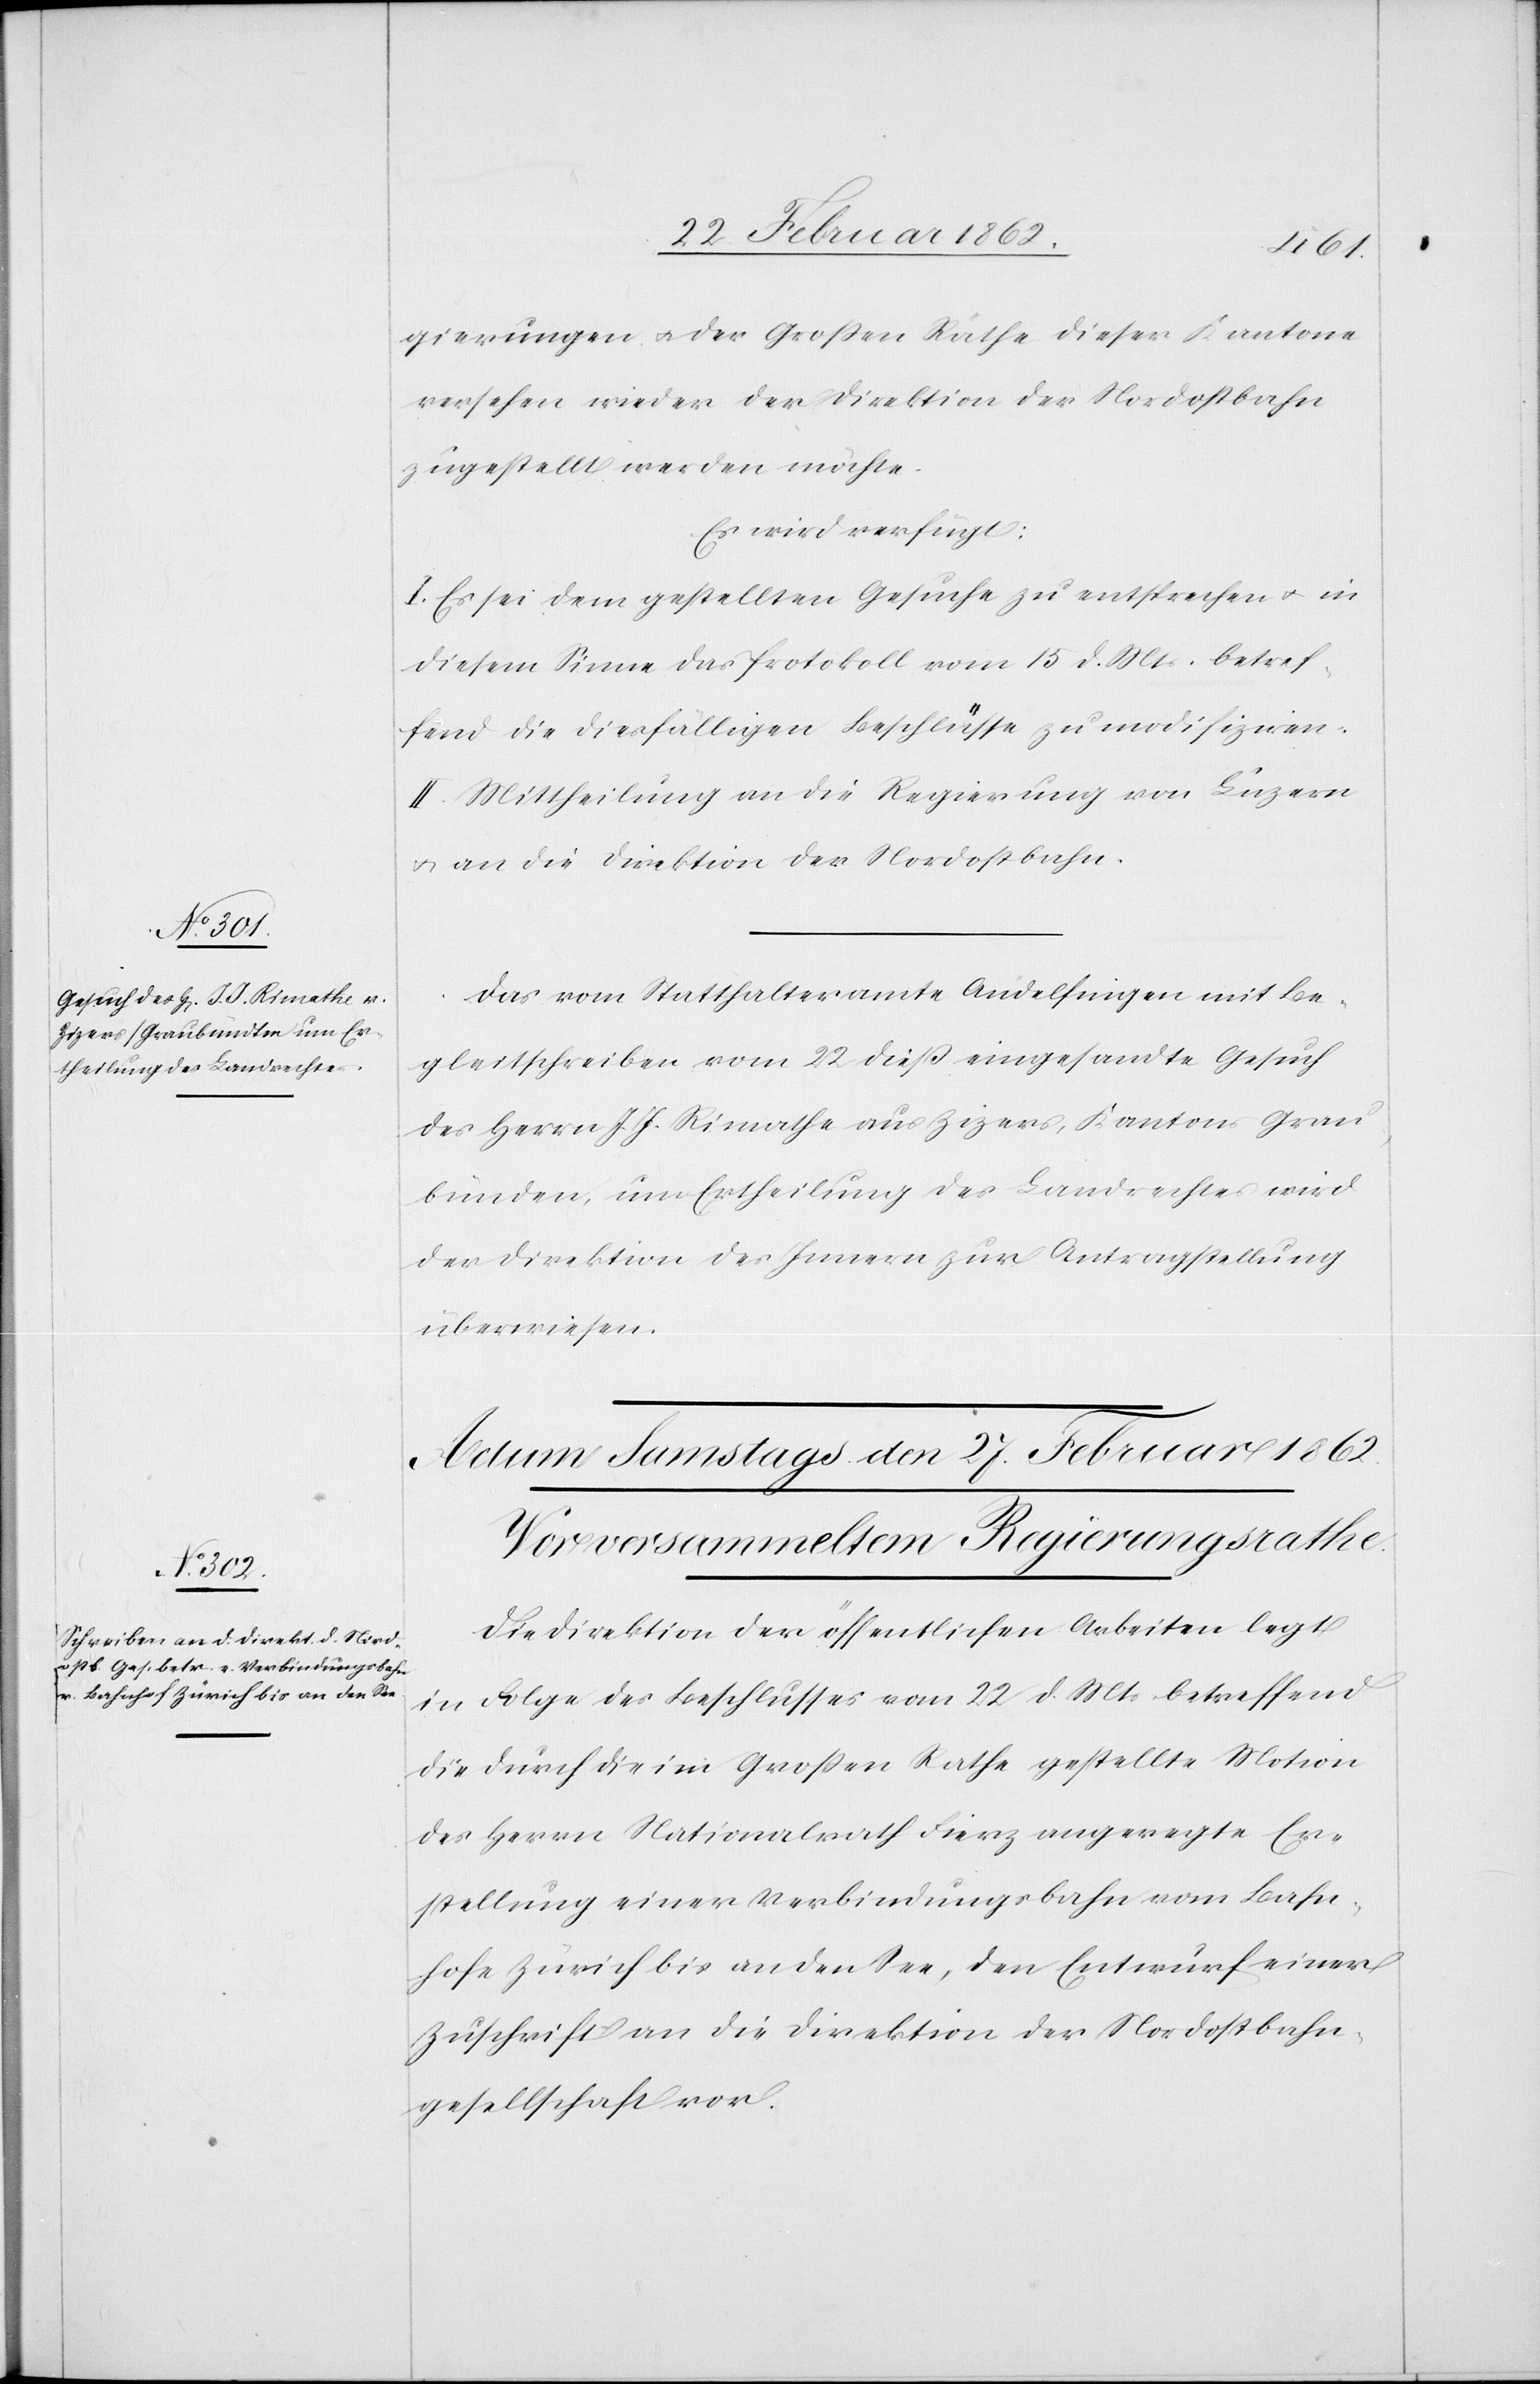
25 Februar 1862.]
gierungen u. der Großen Räthe dieser Kantone
versehen wieder der Direktion der Nordostbahn
zugestellt werden möchte.
Es wird verfügt:
I. Es sei dem gestellten Gesuche zu entsprechen u. in
diesem Sinne das Protokoll vom 15 d. Mts. betref¬
fend die diesfälligen Beschlüsse zu modifiziren.
II. Mittheilung an die Regierung von Luzern
u. an die Direktion der Nordostbahn.
Das vom Statthalteramte Andelfingen mit Be¬
gleitschreiben vom 22 dieß eingesandte Gesuch
des Herrn J. J. Rimathe aus Zizers, Kantons Grau¬
bünden, um Ertheilung des Landrechtes wird
der Direktion des Innern zur Antragstellung
überwiesen.
Die Direktion der öffentlichen Arbeiten legt
in Folge des Beschlusses vom 22 d. Mts betreffend
die durch die im Großen Rathe gestellte Motion
des Herrn Nationalrath Fierz angeregte Er¬
stellung einer Verbindungsbahn vom Bahn¬
hof Zürich bis an den See, den Entwurf einer
Zuschrift an die Direktion der Nordostbahn¬
gesellschaft vor.